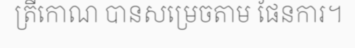
ត្រីកោណ បានសម្រេចតាម ផែនការ។